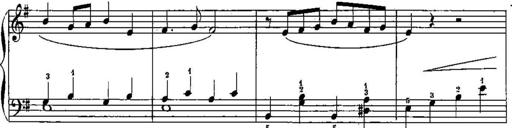
Title: Trois sonatines
Composer: Maurice Emmanuel